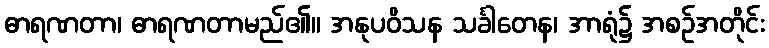
ဓာရဏတာ၊ ဓာရဏတာမည်၏။ အနုပဝိသန သင်္ခါတေန၊ အာရုံ၌ အစဉ်အတိုင်း